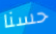
حسنا